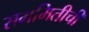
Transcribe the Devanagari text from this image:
सममितीची